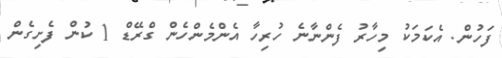
ފަހުން. އެކަމަކު މިހާރު ފެންނާނެ ހުރިހާ އެންމެންހެން ގްރޭޑް 1 ކުން ފެށިގެން